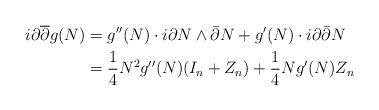
LaTeX: \begin{align*}i\partial\overline{\partial} g(N)&=g''(N)\cdot i\partial N\wedge \bar\partial N+g'(N)\cdot i\partial\bar\partial N\\&=\frac{1}{4}N^2g''(N)(I_n+Z_n) + \frac{1}{4}Ng'(N)Z_n\end{align*}